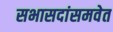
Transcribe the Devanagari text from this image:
सभासदांसमवेत